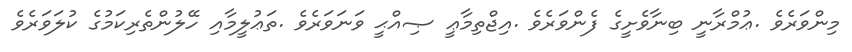
މިންވަރެވެ .ޢުމްރާނީ ބިނާވެށީގެ ފެންވަރެވެ .އިޖްތިމާޢީ ޞިއްޙީ ވަނަވަރެވެ .ތަޢުލީމާއި ހޭލުންތެރިކަމުގެ ކުލަވަރެވެ